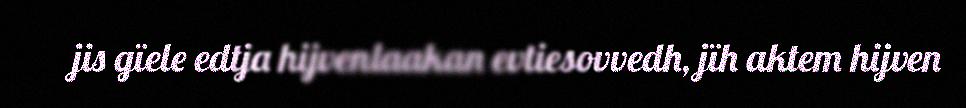
jis gïele edtja hijvenlaakan evtiesovvedh, jïh aktem hijven